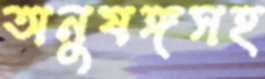
অনুষঙ্গসহ